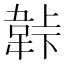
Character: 𬰬